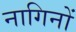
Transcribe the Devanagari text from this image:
नागिनों